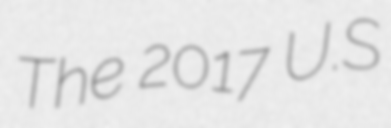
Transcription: The 2017 U.S